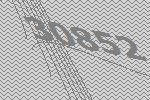
30852